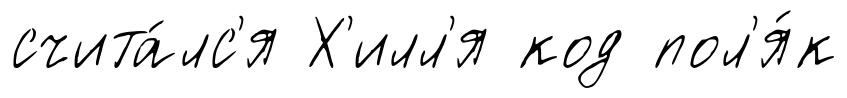
счита́лс'я Х'илл'я код пол'я́к